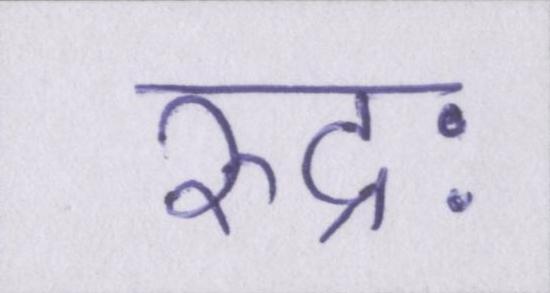
रुद्रः